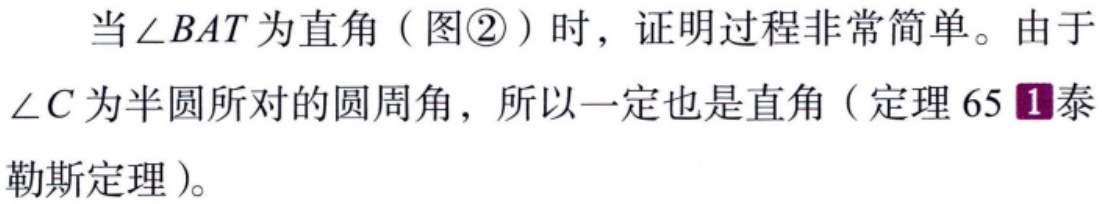
当\(\angle BAT\)为直角（图\textcircled{2}）时，证明过程非常简单。由于\(\angle C\)为半圆所对的圆周角，所以一定也是直角（定理 65 \textcolor{purple}{1}泰勒斯定理）。